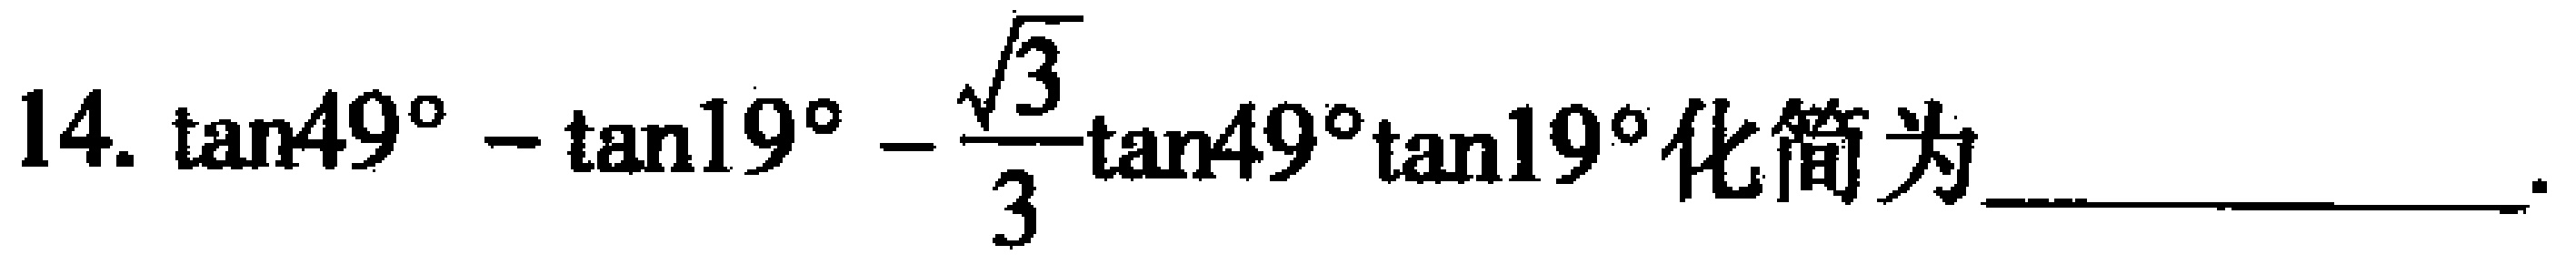
$14.\ \tan49^{\circ}-\tan19^{\circ}-\frac{\sqrt{3}}{3}\tan49^{\circ}\tan19^{\circ}\text{化简为____________}.$